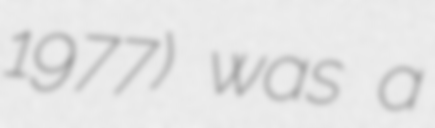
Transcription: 1977) was a